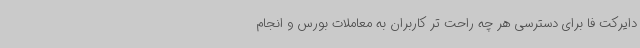
دایرکت فا برای دسترسی هر چه راحت تر کاربران به معاملات بورس و انجام